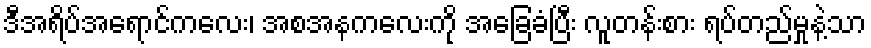
ဒီအရိပ်အရောင်ကလေး၊ အစအနကလေးကို အခြေခံပြီး လူတန်းစား ရပ်တည်မှုနဲ့သာ